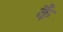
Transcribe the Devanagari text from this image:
कैं